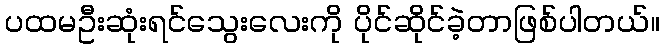
ပထမဦးဆုံးရင်သွေးလေးကို ပိုင်ဆိုင်ခဲ့တာဖြစ်ပါတယ်။